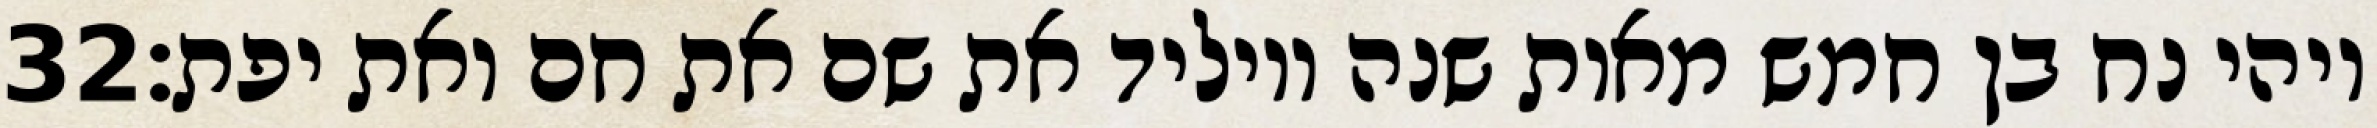
‎32‏ ויהי נח בן חמש מאות שנה ויוליד את שם את חם ואת יפת׃